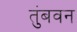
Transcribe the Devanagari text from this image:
तुंबवन